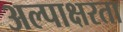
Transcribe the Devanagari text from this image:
अल्पाक्षरता